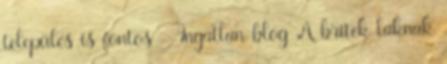
település is fontos - Ingatlan blog A britek laknak